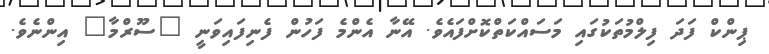
ޕިންކް ފަދަ ފިލްމުތަކުގައި މަސައްކަތްކޮށްފައެވެ. އޭނާ އެންމެ ފަހުން ފެނިފައިވަނީ "ސޫރްމާ" އިންނެވެ.